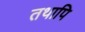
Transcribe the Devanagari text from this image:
तथापि